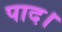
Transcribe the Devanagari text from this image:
पाद।